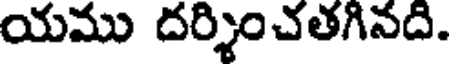
యము దర్శించతగినది.